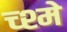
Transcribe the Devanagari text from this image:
च्श्मे